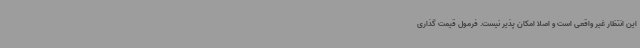
این انتظار غیر واقعی است و اصلا امکان پذیر نیست. فرمول قیمت گذاری